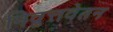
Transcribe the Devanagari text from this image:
निव्रुत्तवेतन